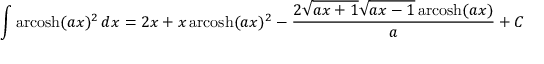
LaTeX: \int \operatorname { a r c o s h } ( a x ) ^ { 2 } \, d x = 2 x + x \operatorname { a r c o s h } ( a x ) ^ { 2 } - { \frac { 2 { \sqrt { a x + 1 } } { \sqrt { a x - 1 } } \operatorname { a r c o s h } ( a x ) } { a } } + C